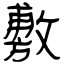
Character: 敷